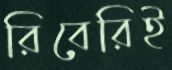
রিবেরিই